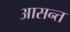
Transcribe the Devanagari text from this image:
आसन्त